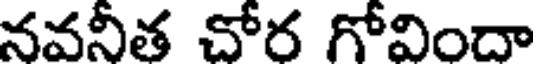
నవనీత చోర గోవిందా